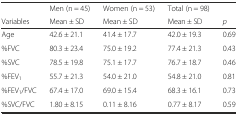
|  | Men (n = 45) | Women (n = 53) | Total (n = 98) |  |
 | Variables | Mean ± SD | Mean ± SD | Mean ± SD | p |
 | --- | --- | --- | --- | --- |
 | Age | 42.6 ± 21.1 | 41.4 ± 17.7 | 42.0 ± 19.3 | 0.69 |
 | %FVC | 80.3 ± 23.4 | 75.0 ± 19.2 | 77.4 ± 21.3 | 0.43 |
 | %SVC | 78.5 ± 19.8 | 75.1 ± 17.7 | 76.7 ± 18.7 | 0.46 |
 | %FEV1 | 55.7 ± 21.3 | 54.0 ± 21.0 | 54.8 ± 21.0 | 0.81 |
 | %FEV1/FVC | 67.4 ± 17.0 | 69.0 ± 15.4 | 68.3 ± 16.1 | 0.73 |
 | %SVC/FVC | 1.80 ± 8.15 | 0.11 ± 8.16 | 0.77 ± 8.17 | 0.59 |